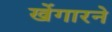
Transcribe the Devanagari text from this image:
खेंगारने